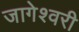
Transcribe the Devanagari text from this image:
जागेश्वरी